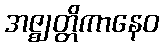
အဇ္ဈတ္တိကာနေဝ